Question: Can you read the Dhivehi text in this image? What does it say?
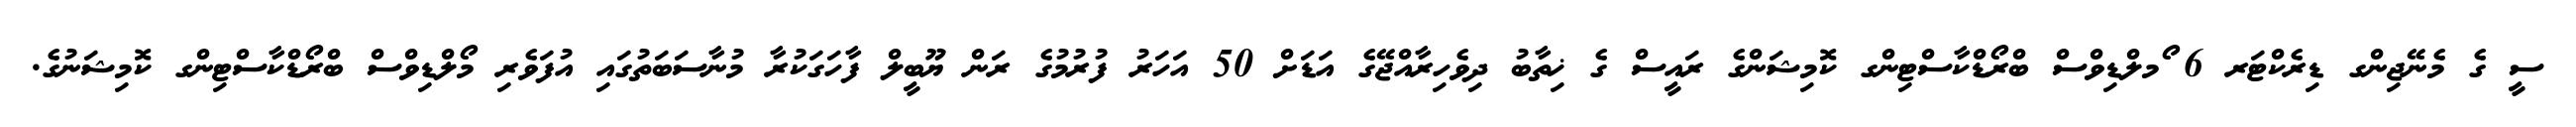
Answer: ސީ ގެ މެނޭޖިންގ ޑިރެކްޓަރ 6 ޯމލްޑިވްސް ބްރޯޑްކާސްޓިންގ ކޮމިޝަންގެ ރައީސް ގެ ޚިތާބު ދިވެހިރާއްޖޭގެ އަޑަށް 50 އަހަރު ފުރުމުގެ ރަން ޔޫބީލް ފާހަގަކުރާ މުނާސަބަތުގައި އުފަވެރި މޯލްޑިވްސް ބްރޯޑްކާސްޓިންގ ކޮމިޝަނުގެ.